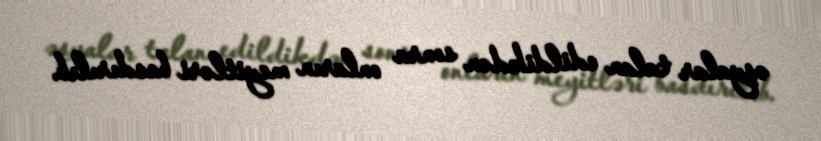
əşyalar talan edildikdən sonra onların meyitləri basdırılıb.